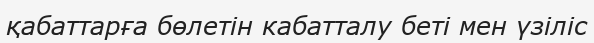
қабаттарға бөлетін кабатталу беті мен үзіліс